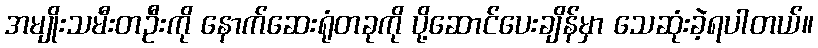
အမျိုးသမီးတဦးကို နောက်ဆေးရုံတခုကို ပို့ဆောင်ပေးချိန်မှာ သေဆုံးခဲ့ရပါတယ်။